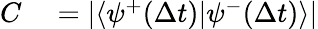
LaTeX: \begin{array}{rl}{C}&{{}=\vert\langle\psi^{+}(\Delta t)\vert\psi^{-}(\Delta t)\rangle\vert}\end{array}